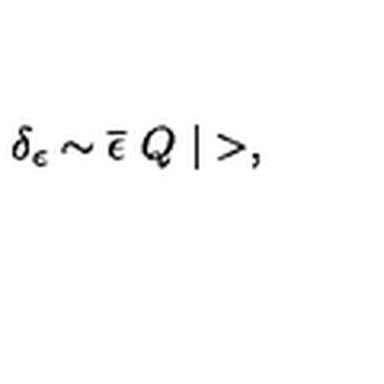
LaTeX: \delta _ { \epsilon } \sim \overline { { \epsilon } } \ Q \ | > ,